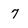
Character: 7